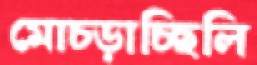
মোচ্‌ড়াচ্ছিলি